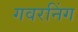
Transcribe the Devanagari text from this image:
गवरनिंग